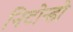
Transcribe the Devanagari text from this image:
निटोन्डो